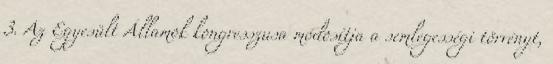
3. Az Egyesült Államok kongresszusa módosítja a semlegességi törvényt,